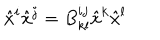
LaTeX: \hat { x } ^ { i } \hat { x } ^ { j } = B _ { k l } ^ { i j } \hat { x } ^ { k } \hat { x } ^ { l } \nonumber